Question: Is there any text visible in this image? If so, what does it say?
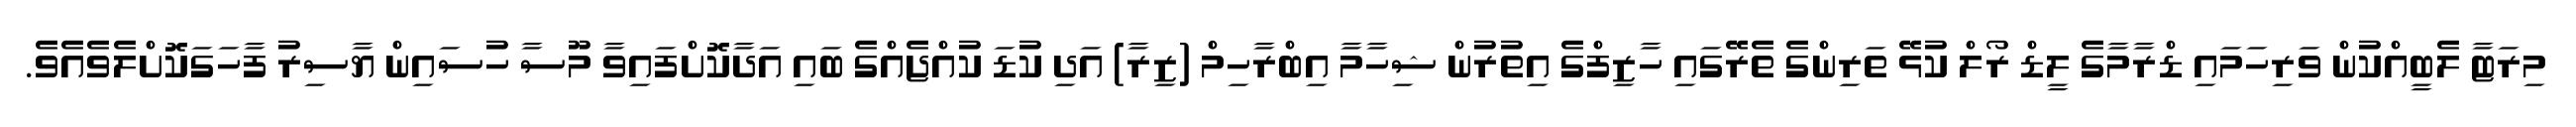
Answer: މިރަޓާ ލެބީއްކުން ވަރިހަމައި ޑްރާމާގެ ލީޑް ރޯލް ކުޅޭ ތަރިންގެ ތެރޭގައި ހާޒިފްގެ އިތުރުން ޝިހާމާ އިބްރާހިމް (ޒިރާ) އަދި ކުޑަ ކުއްޖެއްގެ ބައި އަދާކޮށްފައިވާ މޫސާ ހުސައިން ޔާސިރު ފާހަގަކޮށްލެވެއެވެ.